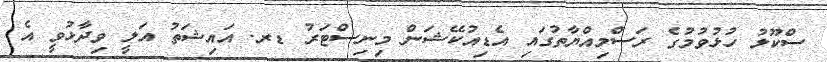
ސްކޫލު ހުޅުވުމުގެ ރަސްމިއްޔާތުގައި އެޑިއުކޭޝަން މިނިސްޓަރު ޑރ. އައިޝަތު އަލީ ވިދާޅުވީ އެ